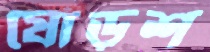
ষোড়শ